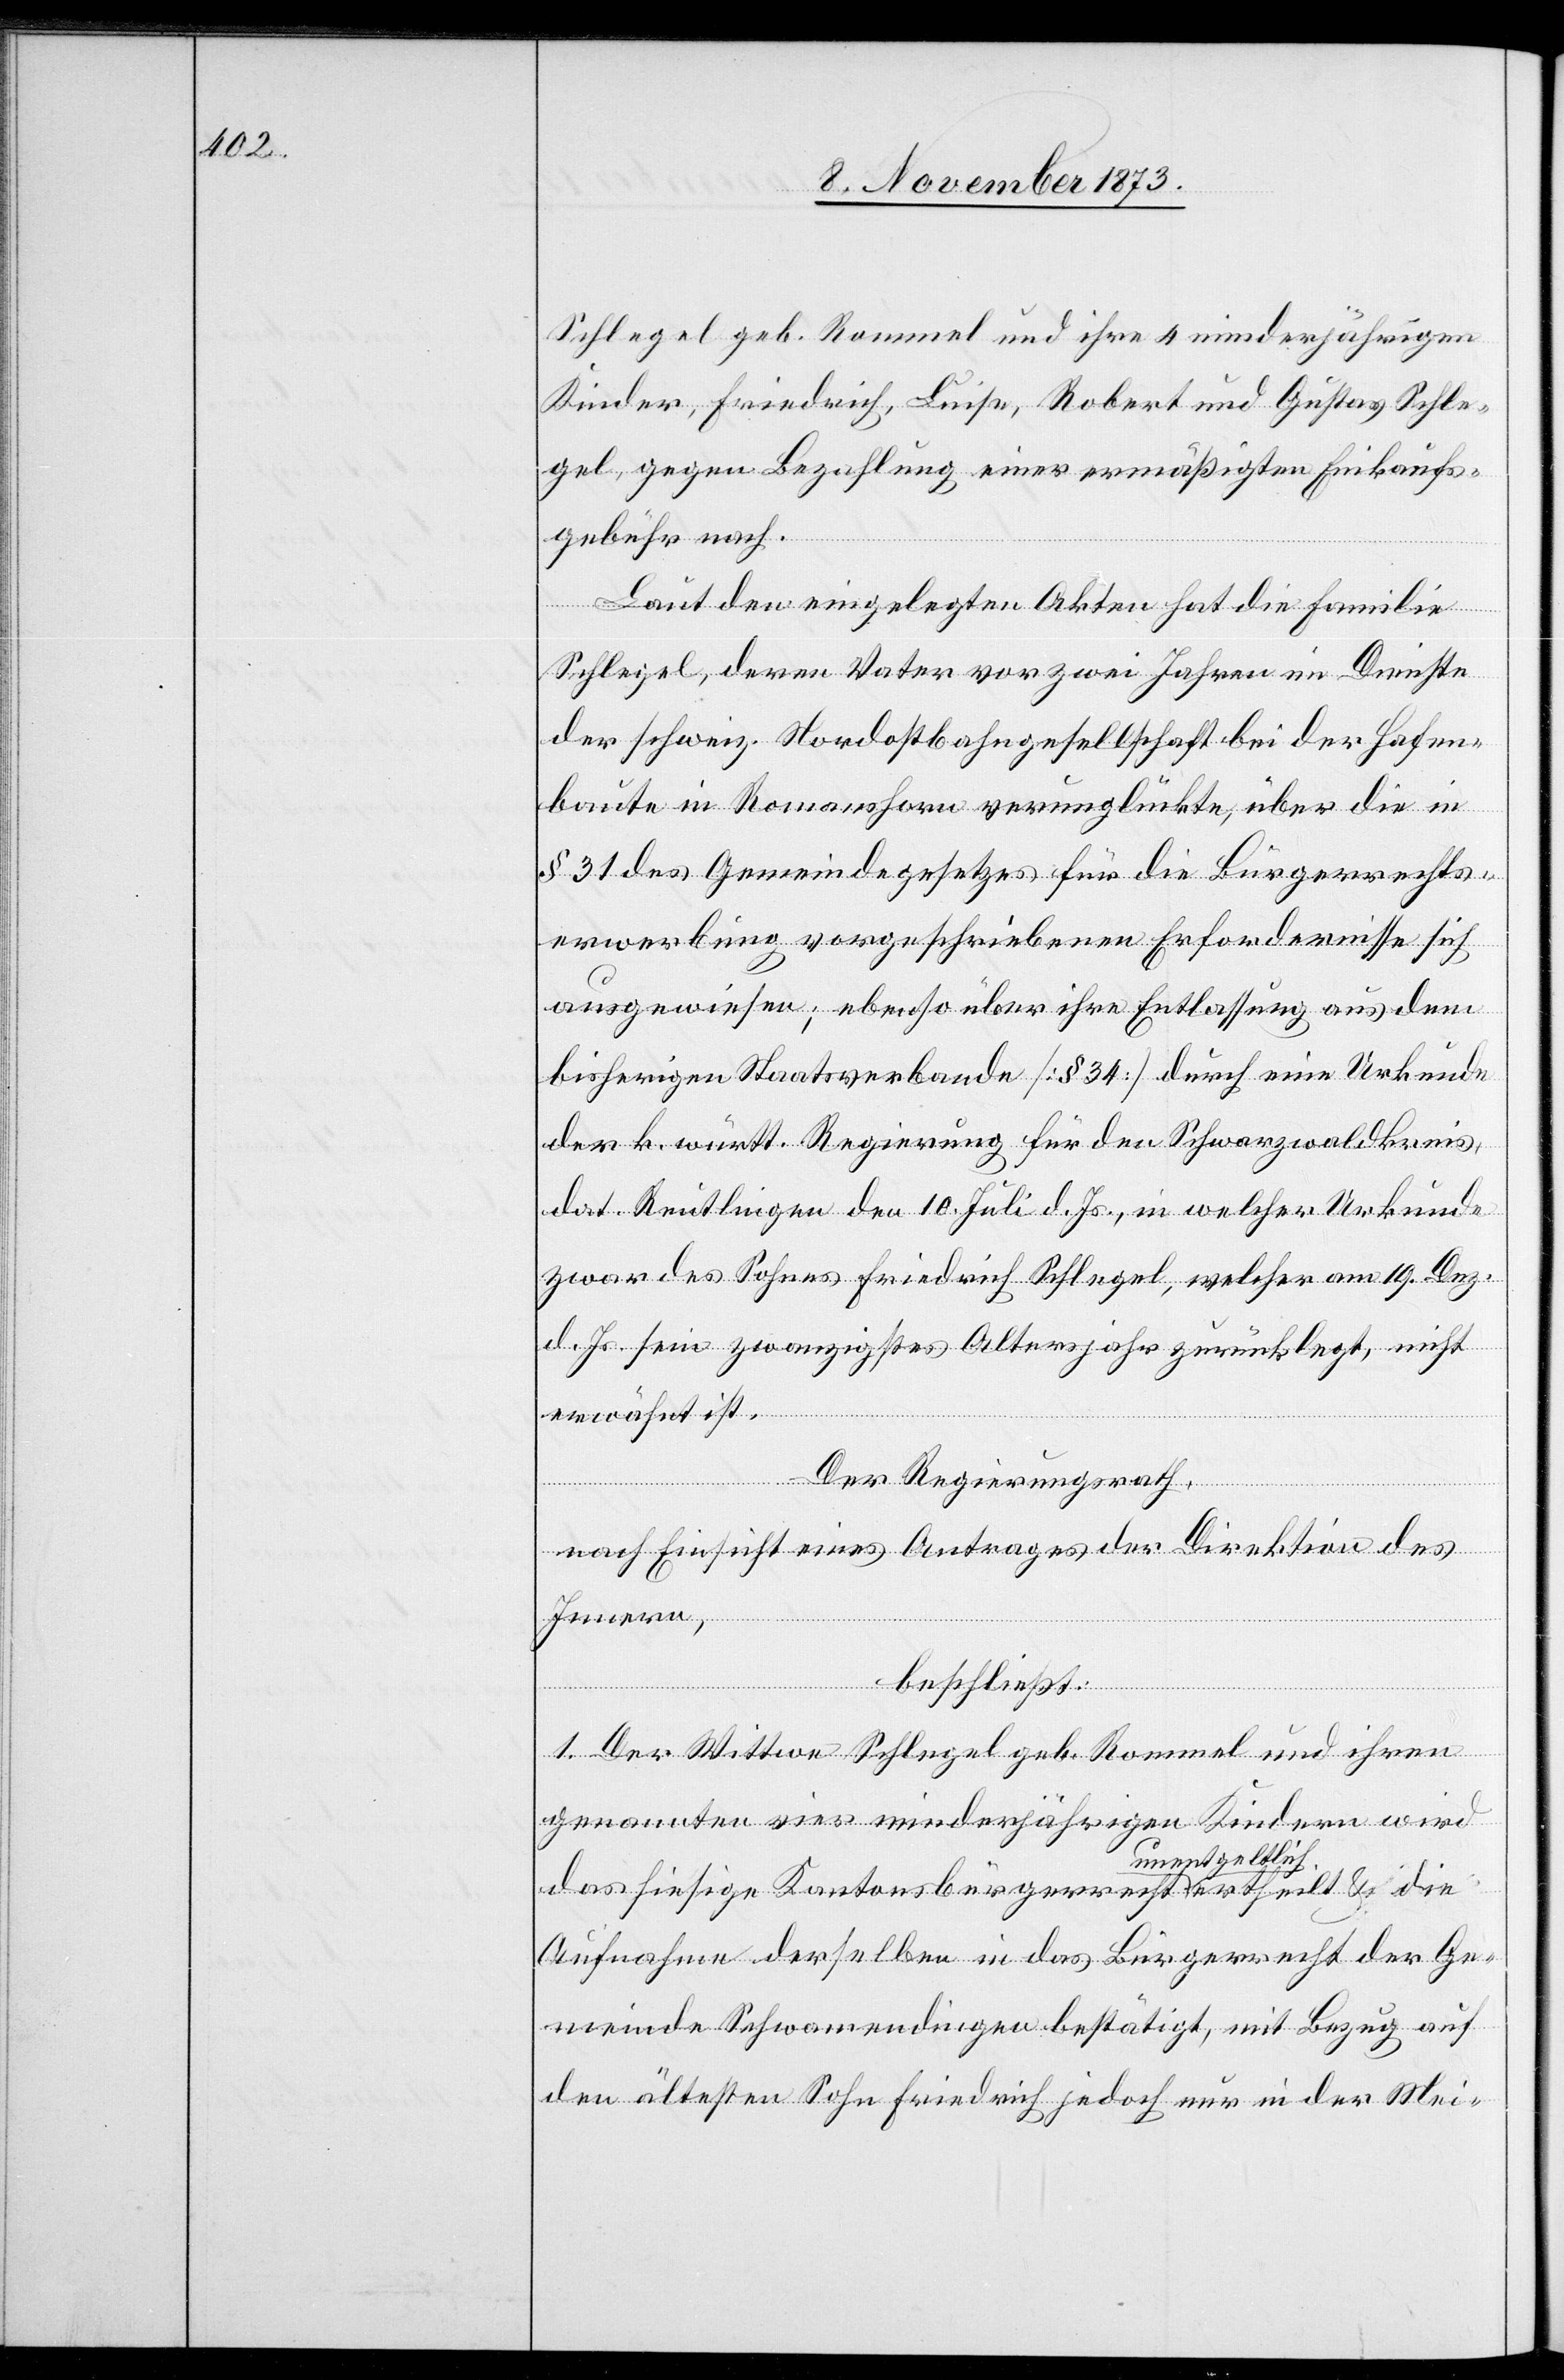
Schlegel geb. Rommel und ihre 4 minderjährigen
Kinder, Friedrich, Luise, Robert und Gustav Schle¬
gel, gegen Bezahlung einer ermäßigten Einkaufs¬
gebühr nach.
Laut den eingelegten Akten hat die Familie
Schlegel, deren Vater vor zwei Jahren im Dienste
der schweiz. Nordostbahngesellschaft bei der Hafen¬
baute in Romanshorn verunglückte, über die in
§ 31 des Gemeindegesetzes für die Bürgerrechts¬
erwerbung vorgeschriebenen Erfordernisse sich
ausgewiesen; ebenso über ihre Entlassung aus dem
bisherigen Staatsverbande [§ 34] durch eine Urkunde
der k. württ. Regierung für den Schwarzwaldkreis,
dat. Reutlingen den 10. Juli d. Js., in welcher Urkunde
zwar des Sohnes Friedrich Schlegel, welcher am 19. Dez.
d. Js. sein zwanzigstes Altersjahr zurücklegt, nicht
erwähnt ist.
Der Regierungsrath,
nach Einsicht eines Antrages der Direktion des
Innern,
beschließt:
1. Der Wittwe Schlegel geb. Rommel und ihren
genannten vier minderjährigen Kindern wird
das hiesige Kantonsbürgerrecht unentgeltlich ertheilt & die
Aufnahme derselben in das Bürgerrecht der Ge¬
meinde Schwamendingen bestätigt, mit Bezug auf
den ältesten Sohn Friedrich jedoch nur in der Mei-